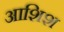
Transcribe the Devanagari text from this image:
आशिश